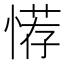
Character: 𢞻